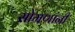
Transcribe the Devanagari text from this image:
सोमणांनी